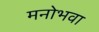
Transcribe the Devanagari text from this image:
मनोभवा